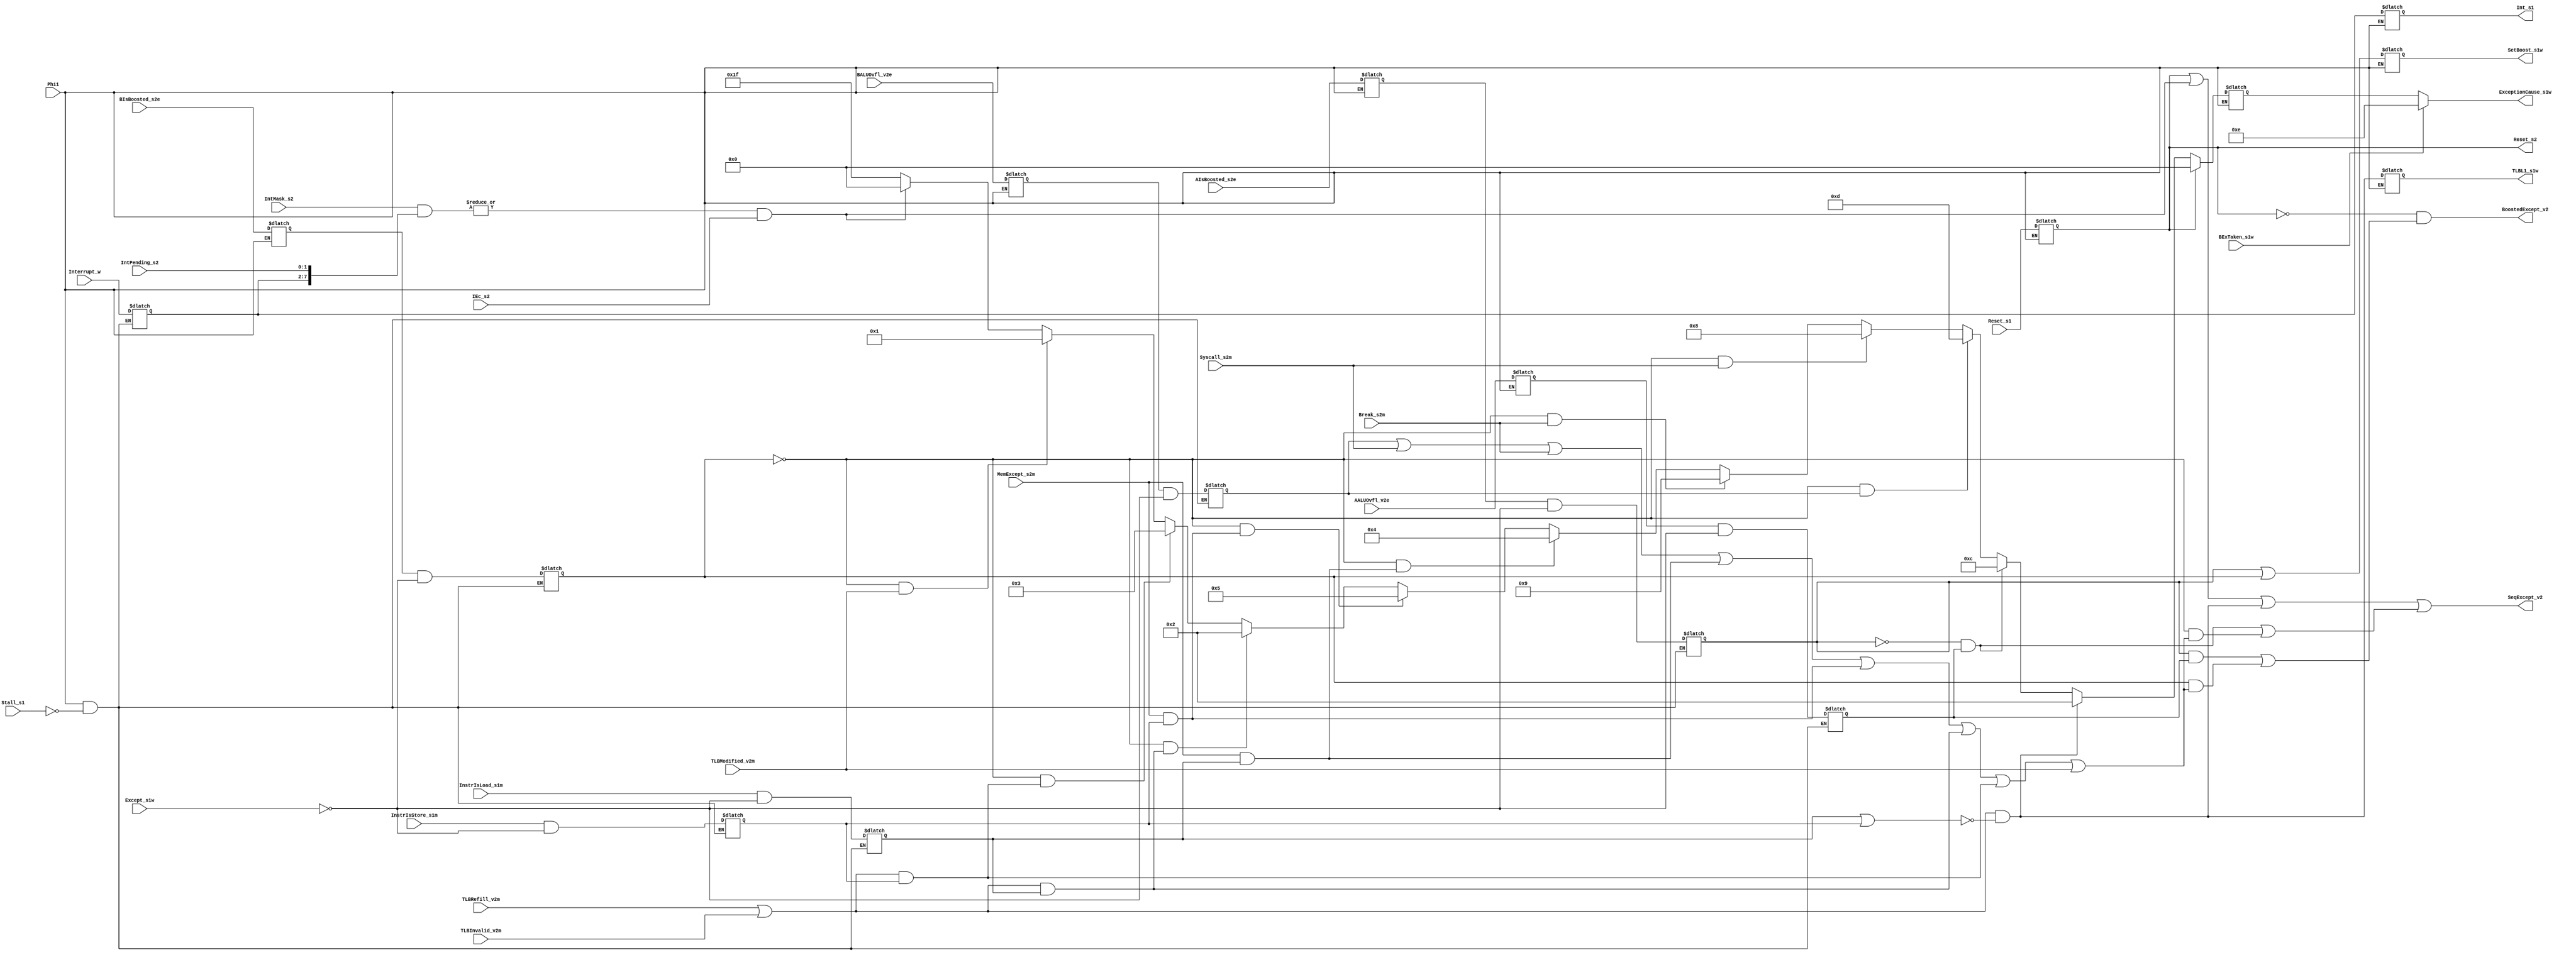
module cp0IntEncoder(
    Phi1,
//    Phi2,
    Stall_s1,
    Except_s1w,
    IEc_s2,
    BExTaken_s1w, 
    Reset_s1,
    AALUOvfl_v2e,
    BALUOvfl_v2e,
    Syscall_s2m,
    Break_s2m,
    TLBRefill_v2m,
    TLBInvalid_v2m,
    TLBModified_v2m,
    MemExcept_s2m,
    Interrupt_w,
    IntPending_s2,
    IntMask_s2,
    InstrIsLoad_s1m,
    InstrIsStore_s1m,
    AIsBoosted_s2e,
    BIsBoosted_s2e,
    SetBoost_s1w,
    BoostedExcept_v2,
    SeqExcept_v2, 
    ExceptionCause_s1w,
    Int_s1,
    Reset_s2,
    TLBL1_s1w
    );

//
// Clocks & Stalls
//
input		Phi1;
wire		Phi2;
input		Stall_s1; 

//
// Exceptions
//
input		Except_s1w;
input		AALUOvfl_v2e;
input		BALUOvfl_v2e;
input		Syscall_s2m;
input		Break_s2m;
input		TLBRefill_v2m;
input		TLBInvalid_v2m;
input		TLBModified_v2m;
input		MemExcept_s2m;   
input	[5:0]	Interrupt_w;
input	[1:0]	IntPending_s2;

//
// Other info needed to process exceptions
//
input	[7:0]	IntMask_s2;		  // Interrupt Mask
input		IEc_s2, BExTaken_s1w;	  // ????
input		InstrIsStore_s1m;
input		InstrIsLoad_s1m;
input		AIsBoosted_s2e;		  // Boosted exception?
input		BIsBoosted_s2e;

//
// Outputs 
//
output		BoostedExcept_v2, SeqExcept_v2; // Type of exception
output		SetBoost_s1w;		  // A or B inst boosted
output	[4:0]	ExceptionCause_s1w;	  // To status register
output	[5:0]	Int_s1;			  // External Interrupt level
input		Reset_s1;
output		Reset_s2;		  // Latched Reset
output		TLBL1_s1w;

//
// Exception codes
//
`define Hi	1'b1
`define Lo	1'b0
`define E_Int	5'd0			  // external interrupt
`define E_Mod	5'd1    		  // tlb modified exception
`define E_TLBL	5'd2			  // tlb exception (load or Ifetch)
`define E_TLBS	5'd3			  // tlb exception (store)
`define E_AdEL	5'd4			  // address error (load)
`define E_AdES	5'd5			  // address error (store)
`define E_Sys	5'd8			  // syscall exception
`define E_Bp	5'd9			  // breakpoint exception
`define E_OvA	5'd12			  // arith overflow exception (A-side)
`define E_OvB	5'd13			  // arith overflow exception (B-side) 
`define E_Bst	5'd14			  // boosted exception 

//
// Internal nodes/variables
//
reg	[4:0]	ExceptionCauseTmp_s1w; 
wire	[4:0]	ExceptionCause_s1w; 
reg	[4:0]	ExceptionCause_v2;
reg		InstrIsLoad_s2m, InstrIsStore_s2m;
reg		AALUOvfl_s1m, AALUOvfl_s2m; 
reg		BALUOvfl_s1m, BALUOvfl_s2m; 
reg		AIsBoosted_s1m, AIsBoosted_s2m; 
reg		BIsBoosted_s1m, BIsBoosted_s2m; 
reg		SetBoost_s1w;
reg	[5:0]	Int_s2;
reg	[5:0]	Int_s1;
reg		Reset_s2;
reg		TLBL1_s1w;
wire		BoostedExcept_v2, SeqExcept_v2;
wire		TLBL1_v2;		  // TLB miss on inst access
wire		TLBL2_v2;		  // TLB miss on load access
wire		TLBS_v2;		  // TLB miss on store access
wire		AdEL_v2;		  // Address error on load
wire		AdES_v2;		  // Address error on store
wire		ExtExcept_s2;


initial begin
    ExceptionCauseTmp_s1w = 0; 
    ExceptionCause_v2 = 0;
    InstrIsLoad_s2m = 0;
    InstrIsStore_s2m = 0;
    AALUOvfl_s1m = 0;
    AALUOvfl_s2m = 0; 
    BALUOvfl_s1m = 0;
    BALUOvfl_s2m = 0; 
    AIsBoosted_s1m = 0;
    AIsBoosted_s2m = 0; 
    BIsBoosted_s1m = 0;
    BIsBoosted_s2m = 0; 
    SetBoost_s1w = 0;
    Int_s2 = 0;
    Int_s1 = 0;
    Reset_s2 = 0;
    TLBL1_s1w = 0;
end

assign Phi2 = ~Phi1;

//
// latch/delay signals,
// sample external interrupts on phi1 
//
always @(Phi1 or Reset_s1) begin
    if (Phi1) Reset_s2 = Reset_s1;
end

always @(Phi1 or Interrupt_w or InstrIsLoad_s1m or InstrIsStore_s1m or
         AIsBoosted_s1m or BIsBoosted_s1m or AALUOvfl_s1m or BALUOvfl_s1m or  
	 Stall_s1 or Except_s1w) begin
    if (Phi1 & ~Stall_s1) begin
	Int_s2           = Interrupt_w;
	AIsBoosted_s2m   = AIsBoosted_s1m & ~Except_s1w;
	BIsBoosted_s2m   = BIsBoosted_s1m & ~Except_s1w;
	InstrIsLoad_s2m  = InstrIsLoad_s1m & ~Except_s1w;
	InstrIsStore_s2m = InstrIsStore_s1m & ~Except_s1w;
	AALUOvfl_s2m     = AALUOvfl_s1m & ~Except_s1w;
	BALUOvfl_s2m     = BALUOvfl_s1m & ~Except_s1w;
    end
end

always @(Phi2 or AIsBoosted_s2e or BIsBoosted_s2e or AIsBoosted_s2m or 
         BIsBoosted_s2m or ExceptionCause_v2 or AALUOvfl_v2e or BALUOvfl_v2e 
         or Int_s2 or TLBL1_v2) begin
    if (Phi2) begin
	Int_s1 = Int_s2;
	AIsBoosted_s1m = AIsBoosted_s2e;
	BIsBoosted_s1m = BIsBoosted_s2e;
	SetBoost_s1w = AIsBoosted_s2m | BIsBoosted_s2m;
	AALUOvfl_s1m = AALUOvfl_v2e;
	BALUOvfl_s1m = BALUOvfl_v2e;
	ExceptionCauseTmp_s1w = ExceptionCause_v2;
        TLBL1_s1w = TLBL1_v2;
    end
end

assign ExceptionCause_s1w = (BExTaken_s1w) ? `E_Bst : ExceptionCauseTmp_s1w;

//------------------------------------------------------------------------
//                    ---- Exception raised ----
//------------------------------------------------------------------------
assign  TLBL1_v2 = (TLBRefill_v2m | TLBInvalid_v2m) & 
			~(InstrIsLoad_s2m | InstrIsStore_s2m);
assign  TLBL2_v2 = (TLBRefill_v2m | TLBInvalid_v2m) & InstrIsLoad_s2m;
assign  TLBS_v2  = (TLBRefill_v2m | TLBInvalid_v2m) & InstrIsStore_s2m;
assign  AdEL_v2  = MemExcept_s2m & InstrIsLoad_s2m;
assign  AdES_v2  = MemExcept_s2m & InstrIsStore_s2m;
assign  ExtExcept_s2 = (| (IntMask_s2[7:0] & {Int_s2[5:0],
			    IntPending_s2[1:0]})) &
			IEc_s2; 

//
// BoostedExcept_v2 and SeqExcept_v2 compute the same function,
// except that one will be asserted when the excepting instruction
// is boosted
//
assign BoostedExcept_v2 = ~Reset_s2 & 
                         (AIsBoosted_s2m &  AALUOvfl_s2m |
                          BIsBoosted_s2m & (BALUOvfl_s2m | 
                                            Syscall_s2m | Break_s2m | 
                                            AdEL_v2 | AdES_v2 | 
                                            TLBL2_v2 | TLBS_v2 | 
                                            TLBModified_v2m)
                         );
assign SeqExcept_v2 = Reset_s2 | ExtExcept_s2 | TLBL1_v2 |  
                     (~AIsBoosted_s2m &  AALUOvfl_s2m |
                      ~BIsBoosted_s2m & (BALUOvfl_s2m | 
                                         Syscall_s2m | Break_s2m | 
                                         AdEL_v2 | AdES_v2 | 
                                         TLBL2_v2 | TLBS_v2 | 
                                         TLBModified_v2m)
                     );
//------------------------------------------------------------------------
// Priority encoder 
//------------------------------------------------------------------------
always @(Reset_s2 or TLBL1_v2 or AALUOvfl_s2m or BALUOvfl_s2m or Syscall_s2m
	 or Break_s2m or AdEL_v2 or AdES_v2 or TLBL2_v2 or TLBS_v2 or
	 TLBModified_v2m or ExtExcept_s2 or AIsBoosted_s2m or
	 BIsBoosted_s2m) begin
    if      (Reset_s2)				ExceptionCause_v2 = `E_Int;
    else if (TLBL1_v2)				ExceptionCause_v2 = `E_TLBL;
    else if (~AIsBoosted_s2m & AALUOvfl_s2m)	ExceptionCause_v2 = `E_OvA; 
    else if (~BIsBoosted_s2m & BALUOvfl_s2m)	ExceptionCause_v2 = `E_OvB; 
    else if (~BIsBoosted_s2m & Syscall_s2m)	ExceptionCause_v2 = `E_Sys; 
    else if (~BIsBoosted_s2m & Break_s2m)	ExceptionCause_v2 = `E_Bp; 
    else if (~BIsBoosted_s2m & AdEL_v2)		ExceptionCause_v2 = `E_AdEL; 
    else if (~BIsBoosted_s2m & AdES_v2)		ExceptionCause_v2 = `E_AdES; 
    else if (~BIsBoosted_s2m & TLBL2_v2)	ExceptionCause_v2 = `E_TLBL;
    else if (~BIsBoosted_s2m & TLBS_v2)		ExceptionCause_v2 = `E_TLBS; 
    else if (~BIsBoosted_s2m & TLBModified_v2m)	ExceptionCause_v2 = `E_Mod; 
    else if (ExtExcept_s2)			ExceptionCause_v2 = `E_Int;
    else					ExceptionCause_v2 = 5'b11111;
end

endmodule